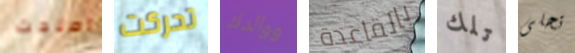
اصلحت تحركت ووالدك بالقاعدة تلك تحلى